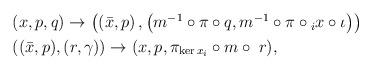
LaTeX: \begin{align*}\begin{aligned}& (x, p, q) \rightarrow \left( \left(\bar x, p \right), \left(m^{-1} \circ \pi \circ q, m^{-1} \circ \pi \circ {}_{i} x \circ \iota\right) \right) \\& ((\bar x, p), (r, \gamma)) \rightarrow (x, p, \pi_{\ker x_i} \circ m \circ \; r),\end{aligned}\end{align*}